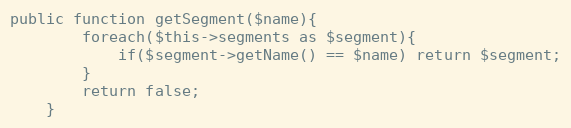
Language: PHP
public function getSegment($name){
		foreach($this->segments as $segment){
			if($segment->getName() == $name) return $segment;
		}
		return false;
	}